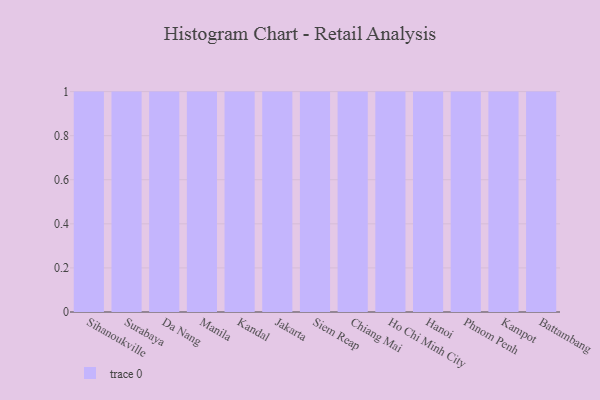
{"axis": {"x": "City", "y": "Production Output"}, "legend": [""], "data": [{"x": "Sihanoukville", "y": 17, "type": ""}, {"x": "Surabaya", "y": 52, "type": ""}, {"x": "Da Nang", "y": 70, "type": ""}, {"x": "Manila", "y": 81, "type": ""}, {"x": "Kandal", "y": 100, "type": ""}, {"x": "Jakarta", "y": 81, "type": ""}, {"x": "Siem Reap", "y": 67, "type": ""}, {"x": "Chiang Mai", "y": 94, "type": ""}, {"x": "Ho Chi Minh City", "y": 34, "type": ""}, {"x": "Hanoi", "y": 63, "type": ""}, {"x": "Phnom Penh", "y": 83, "type": ""}, {"x": "Kampot", "y": 44, "type": ""}, {"x": "Battambang", "y": 64, "type": ""}]}